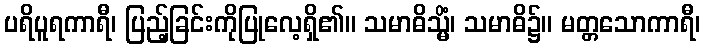
ပရိပူရကာရီ၊ ပြည့်ခြင်းကိုပြုလေ့ရှိ၏။ သမာဓိသ္မိံ၊ သမာဓိ၌။ မတ္တသောကာရီ၊